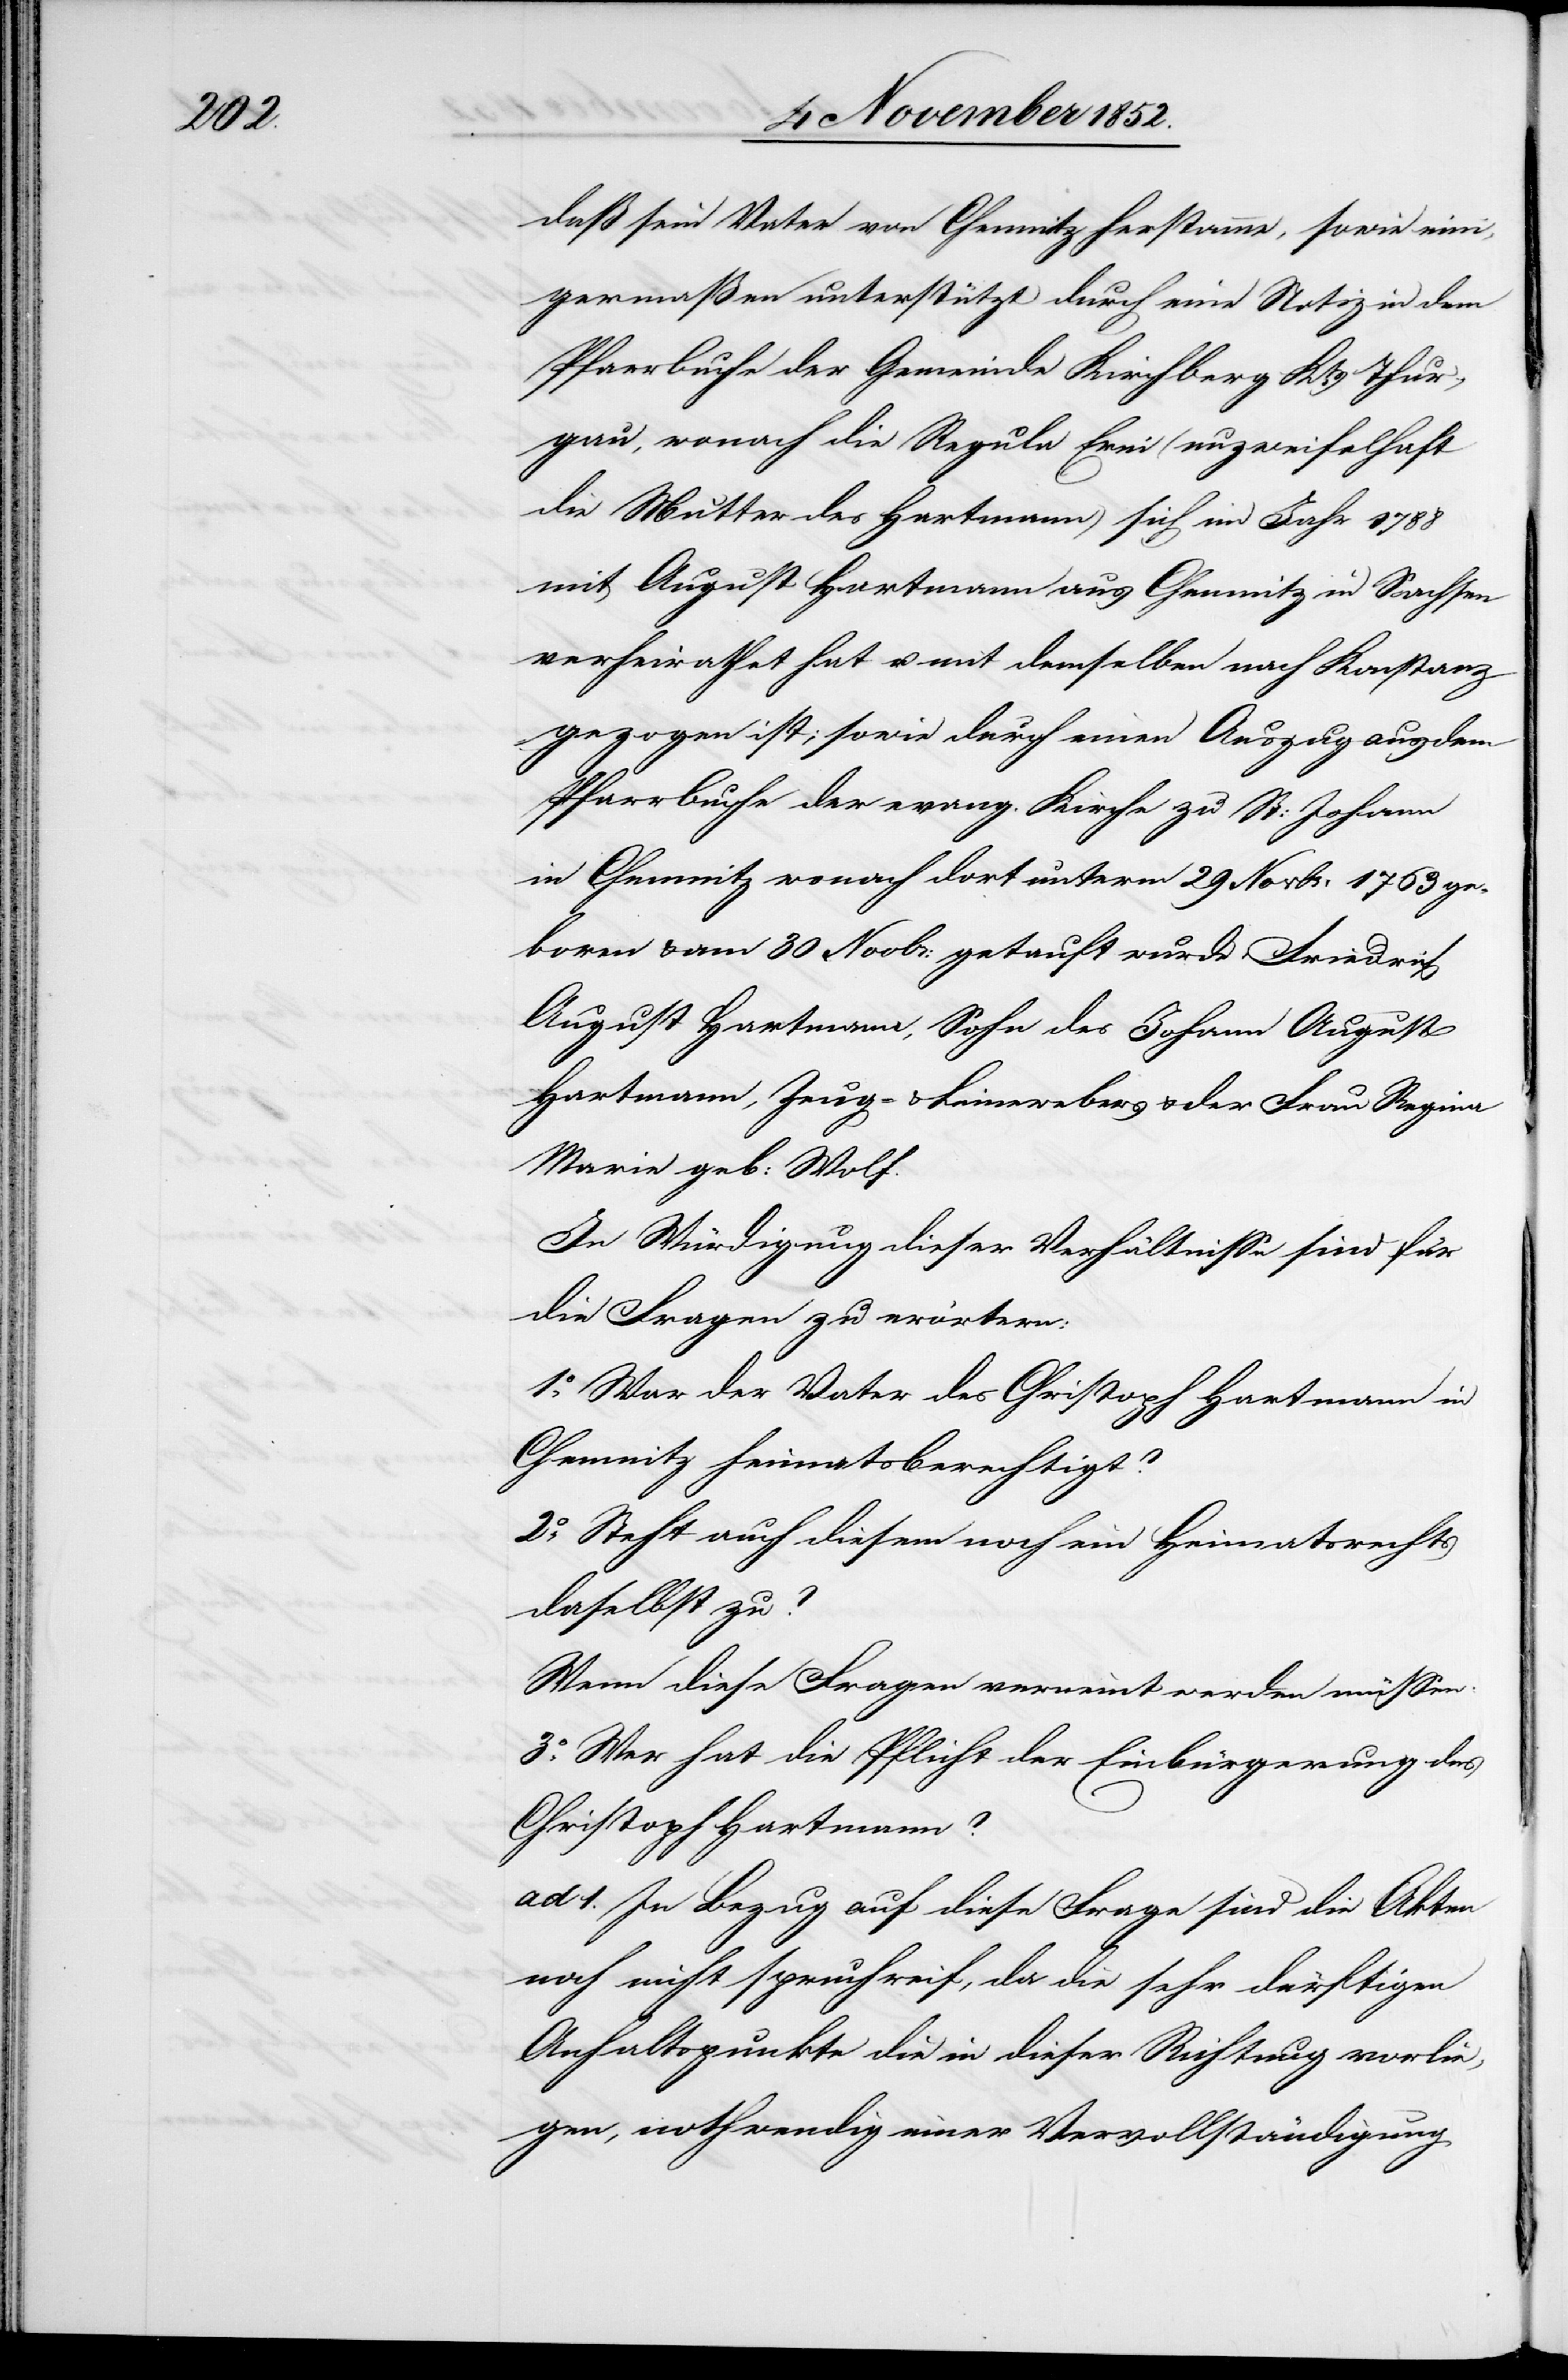
daß sein Vater von Chemnitz herstamme, sowie eini¬
germaßen unterstützt durch eine Notiz in dem
Pfarrbuche der Gemeinde Kirchberg Kts. Thur¬
gau, wonach die Regula Erni (unzweifelhaft
die Mutter des Hartmann) sich im Jahr 1788
mit August Hartmann aus Chemnitz in Sachsen
verheirathet hat u. mit demselben nach Konstanz
gezogen ist; sowie durch einen Auszug aus dem
Pfarrbuche der evang. Kirche zu St: Johann
in Chemnitz wonach dort unterm 29 Novbr: 1763 ge¬
boren & am 30 Novbr: getauft wurde, Friedrich
August Hartmann, Sohn des Johann August
Hartmann, Zeug- & Leinewebers & der Frau Regina
Maria geb: Wolf.
In Würdigung dieser Verhältnisse sind für
die Fragen zu erörtern:
1o. War der Vater des Christoph Hartmann in
Chemnitz heimatsberechtigt?
2o. Steht auch diesem noch ein Heimatsrechts
daselbst zu?
Wenn diese Fragen verneint werden müssen:
3o. Wer hat die Pflicht der Einbürgerung des
Christoph Hartmann?
ad 1. In Bezug auf diese Frage sind die Akten
noch nicht spruchreif, da die sehr dürftigen
Anhaltspunkte die in dieser Richtung vorlie¬
gen, nothwendig einer Vervollständigung